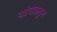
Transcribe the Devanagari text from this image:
यांचेकडुन